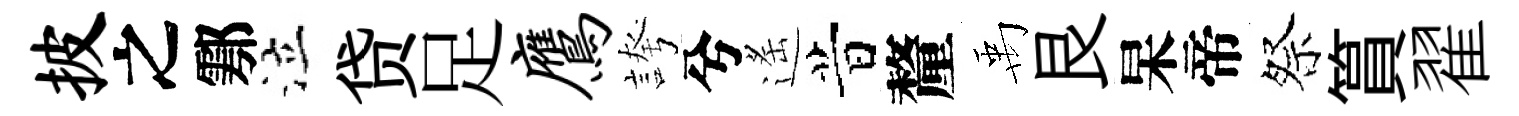
披之鄠泣贷足鹰誇兮遙昔釐禹艮杲帝祭篔翟